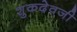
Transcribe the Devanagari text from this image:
शुकदेवजी